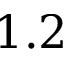
1 . 2